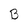
Character: B